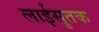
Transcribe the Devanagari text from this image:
लाईसुतक